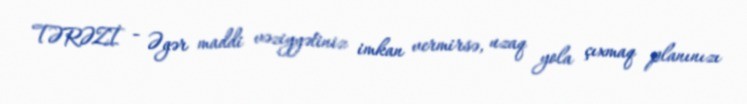
TƏRƏZİ - Əgər maddi vəziyyətiniz imkan vermirsə, uzaq yola çıxmaq planınızı